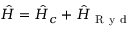
\hat { H } = \hat { H } _ { c } + \hat { H } _ { \mathrm { ~ R ~ y ~ d ~ } }